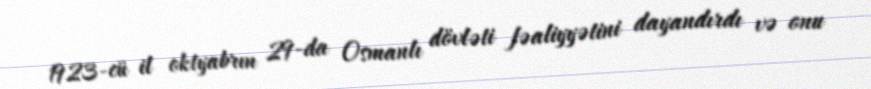
1923-cü il oktyabrın 29-da Osmanlı dövləti fəaliyyətini dayandırdı və onu